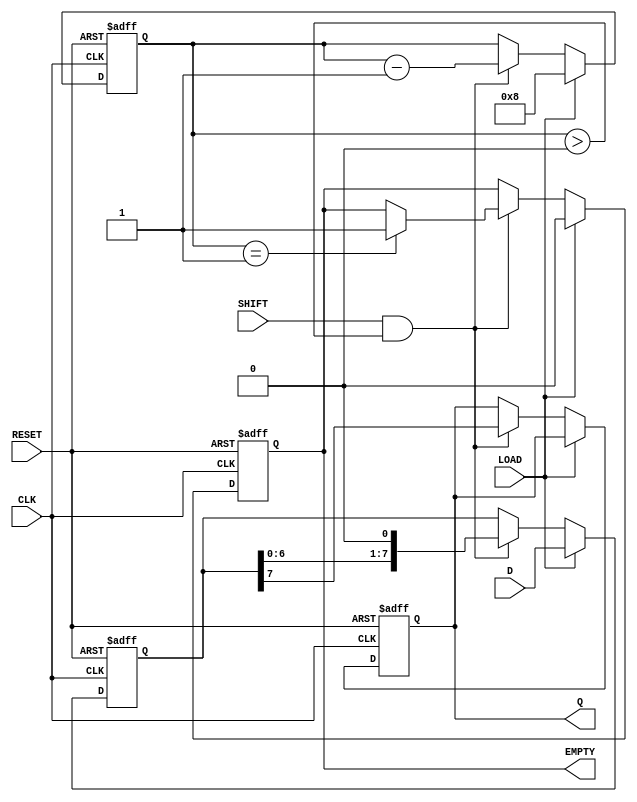
module PISO_Register #(
    parameter WIDTH = 8  // Define the width of the register
)(
    input wire [WIDTH-1:0] D,      // Parallel data input
    input wire LOAD,                // Load control signal
    input wire SHIFT,               // Shift control signal
    input wire CLK,                 // Clock signal
    input wire RESET,               // Asynchronous reset signal
    output reg Q,                   // Serial output
    output reg EMPTY                // Empty signal
);

    reg [WIDTH-1:0] shift_reg;      // Shift register to hold the data
    reg [3:0] count;                // Counter to track the number of bits shifted out

    always @(posedge CLK or posedge RESET) begin
        if (RESET) begin
            shift_reg <= {WIDTH{1'b0}}; // Clear the shift register
            Q <= 1'b0;                 // Clear the serial output
            EMPTY <= 1'b1;             // Set EMPTY signal
            count <= 0;                // Reset the counter
        end else begin
            if (LOAD) begin
                shift_reg <= D;         // Load data into the shift register
                count <= WIDTH;         // Set count to the width of the data
                EMPTY <= 1'b0;          // Data is available, set EMPTY to low
            end else if (SHIFT && count > 0) begin
                Q <= shift_reg[WIDTH-1]; // Output the MSB
                shift_reg <= shift_reg << 1; // Shift left
                count <= count - 1;     // Decrement the count
                if (count == 1) begin
                    EMPTY <= 1'b1;       // Set EMPTY signal when no more data
                end
            end
        end
    end

endmodule